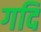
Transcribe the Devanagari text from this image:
गदि